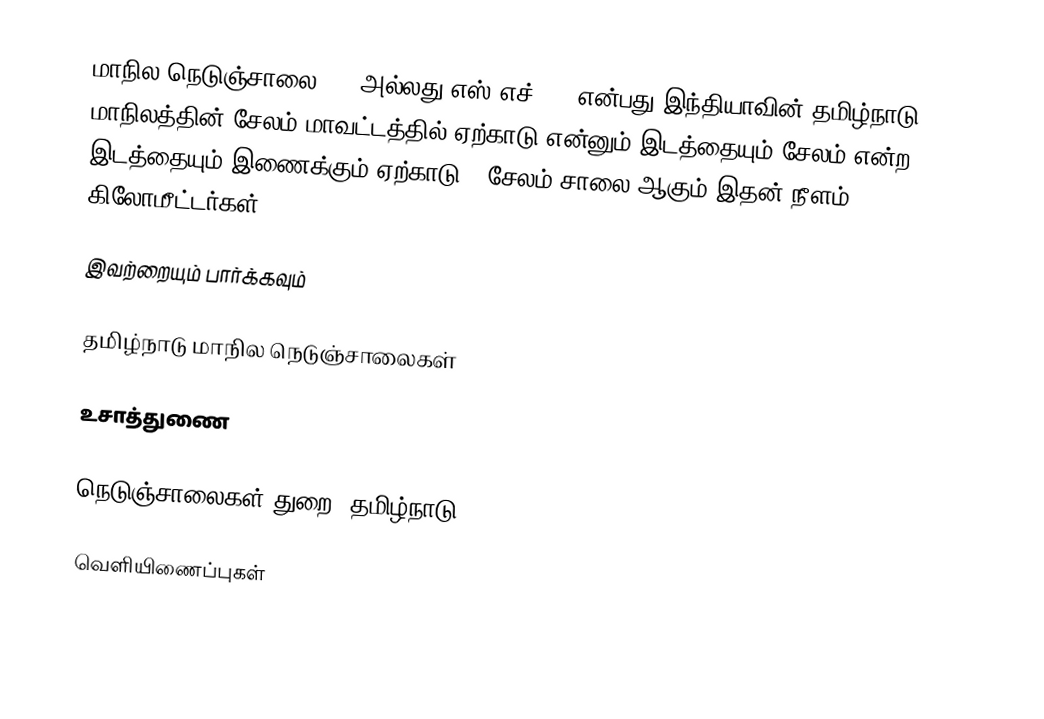
மாநில நெடுஞ்சாலை 188 அல்லது எஸ்.எச்-188  என்பது,இந்தியாவின் தமிழ்நாடு மாநிலத்தின்  சேலம் மாவட்டத்தில்  ஏற்காடு  என்னும் இடத்தையும்,சேலம்  என்ற இடத்தையும் இணைக்கும் ஏற்காடு - சேலம் சாலை ஆகும்.இதன் நீளம் 30  கிலோமீட்டர்கள் .

இவற்றையும் பார்க்கவும்

 தமிழ்நாடு மாநில நெடுஞ்சாலைகள்

உசாத்துணை

 நெடுஞ்சாலைகள் துறை, தமிழ்நாடு

வெளியிணைப்புகள்